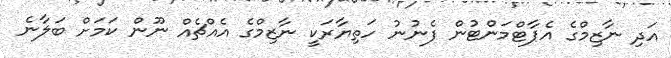
އަދި ނާޒިމްގެ އެޕާޓްމަންޓުން ފެނުނު ހަތިޔާރަކީ ނާޒިމްގެ އެއްޗެއް ނޫން ކަމަށް ބަލާނެ